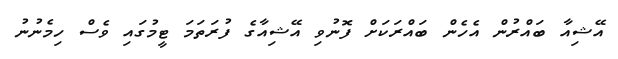
އޭޝިއާ ބައްރުން އެހެން ބައްރަކަށް ފޮނުވި އޭޝިއާގެ ފުރަތަމަ ޓީމުގައި ވެސް ހިމެނުނު